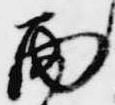
雨